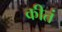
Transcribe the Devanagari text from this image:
कीतं